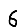
Digit: 6